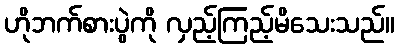
ဟိုဘက်စားပွဲကို လှည့်ကြည့်မိသေးသည်။